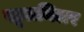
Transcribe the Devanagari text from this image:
स्टूलमिलर